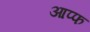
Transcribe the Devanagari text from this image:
आप्फ